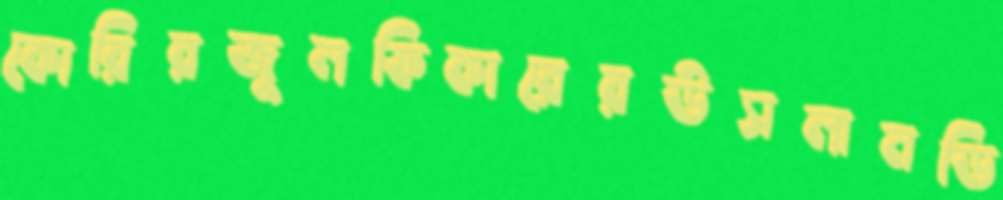
কোরিরজুলফিকারেরউসলানডি